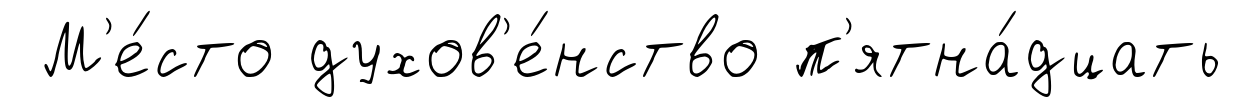
М'е́сто духов'е́нство п'ятна́дцать